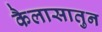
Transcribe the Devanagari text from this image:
कैलासातुन